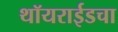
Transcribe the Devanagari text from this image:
थॉयराईडचा